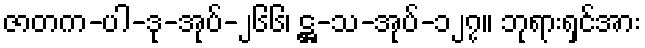
ဇာတက-ပါ-ဒု-အုပ်-၂၆၆၊ ဋ္ဌ-သ-အုပ်-၁၂၇။ ဘုရားရှင်အား